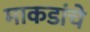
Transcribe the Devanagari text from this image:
माकडांचे